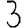
Digit: 3